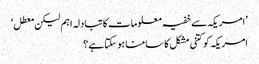
’امریکہ سے خفیہ معلومات کا تبادلہ اہم لیکن معطل‘
امریکہ کو کتنی مشکل کا سامنا ہو سکتا ہے؟